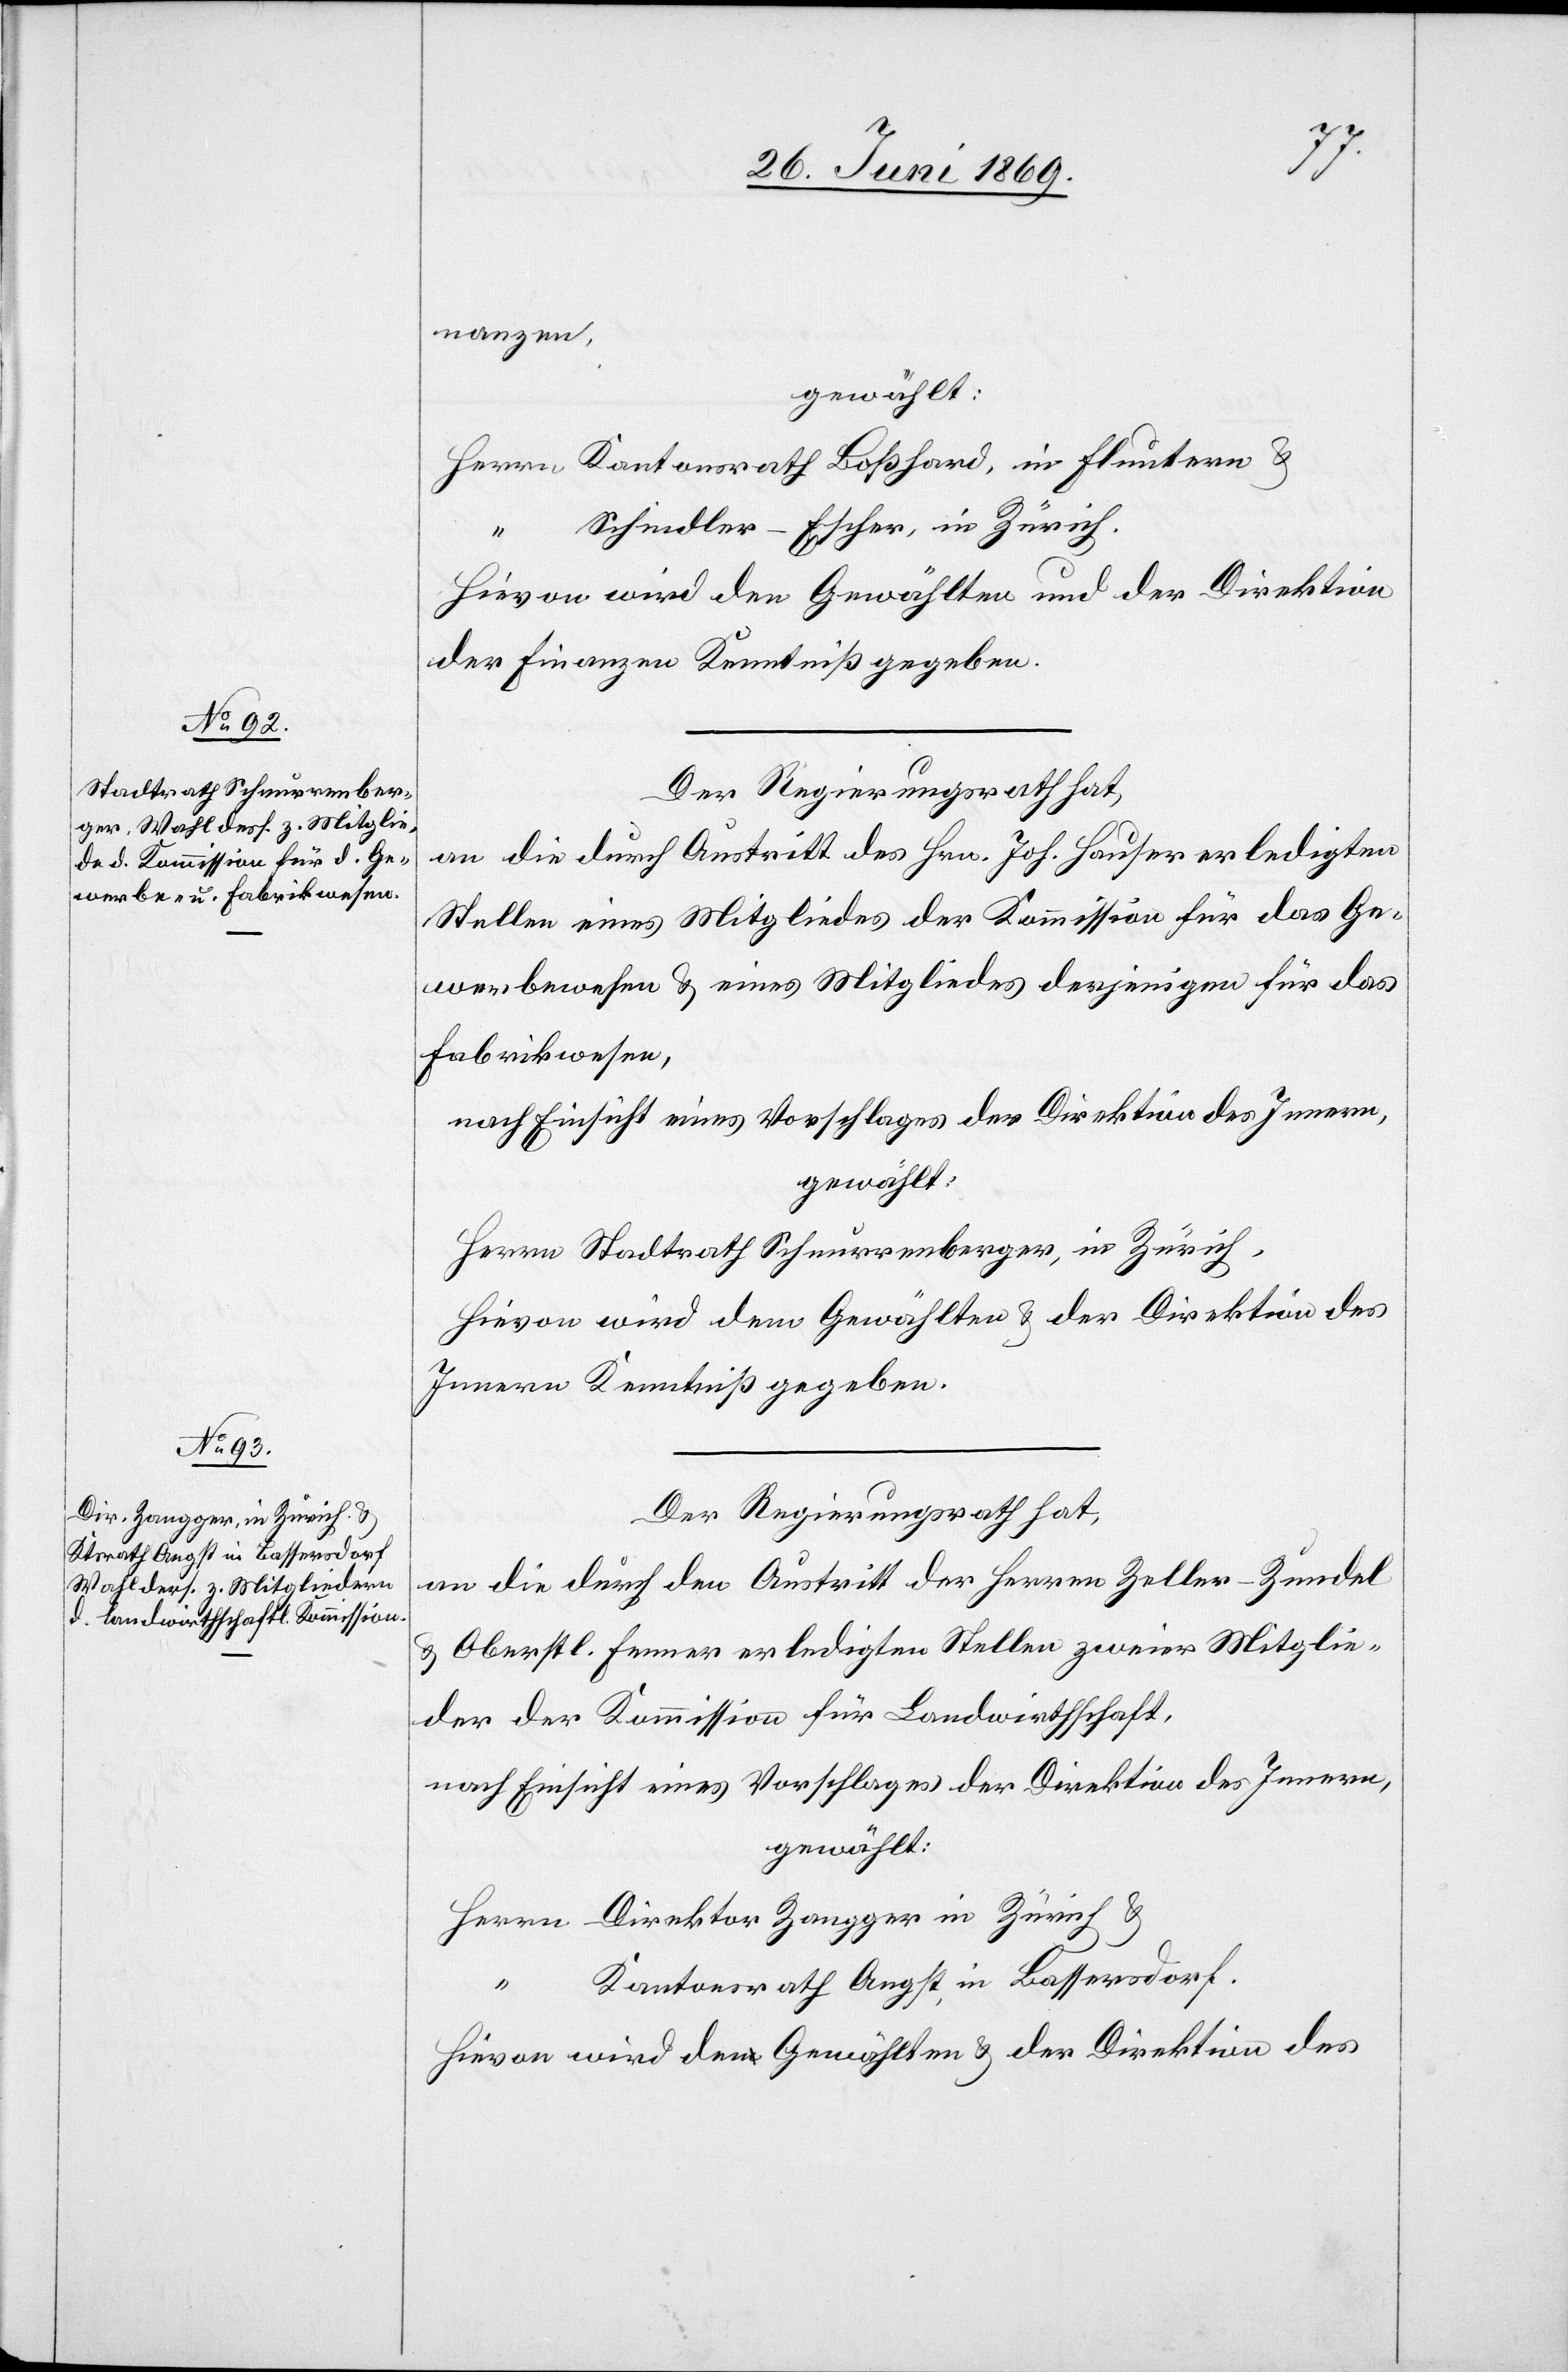
nanzen,
gewählt:
Herrn Kantonsrath Boßhard, in Fluntern u.
Schindler-Escher, in Zürich.
“		K¬
Hievon wird den Gewählten und der Direktion
der Finanzen Kenntniß gegeben.
Der Regierungsrath hat,
an die durch Austritt des Hrn. Jos. Hauser erledigten
Stellen eines Mitgliedes der Kommission für das Ge¬
werbewesen u. eines Mitgliedes derjenigen für das
Fabrikwesen,
nach Einsicht eines Vorschlages der Direktion des Innern,
gewählt:
Herrn Stadtrath Schnurrenberger, in Zürich,
Hievon wird dem Gewählten u. der Direktion des
Innern Kenntniß gegeben.
Der Regierungsrath hat,
an die durch den Austritt der Herrn Zeller-Zundel
u. Oberstl. Fenner erledigten Stellen zweier Mitglie¬
der der Kommission für Landwirthschaft,
nach Einsicht eines Vorschlages der Direktion des Innern,
gewählt:
Hern Direktor Zangger in Zürich u.
antonsrath Angst in Bassersdorf.